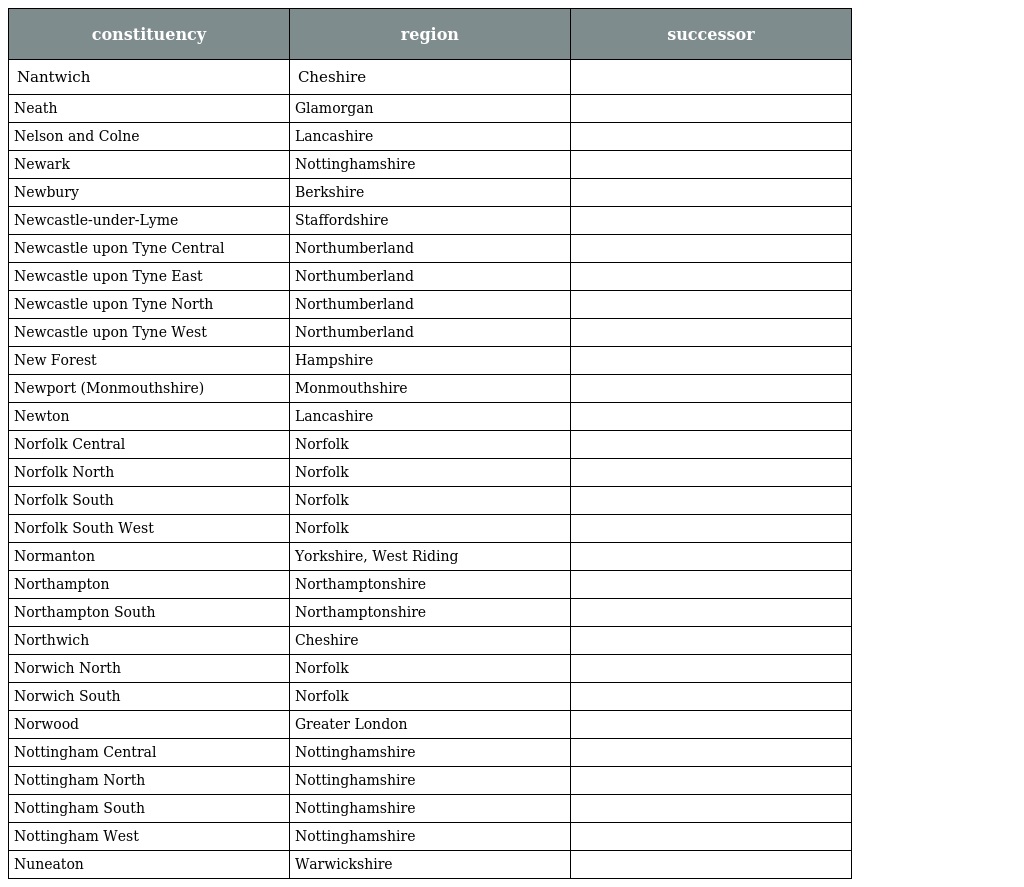
| constituency | region | successor |
 | --- | --- | --- |
 | Nantwich | Cheshire |  |
 | Neath | Glamorgan |  |
 | Nelson and Colne | Lancashire |  |
 | Newark | Nottinghamshire |  |
 | Newbury | Berkshire |  |
 | Newcastle-under-Lyme | Staffordshire |  |
 | Newcastle upon Tyne Central | Northumberland |  |
 | Newcastle upon Tyne East | Northumberland |  |
 | Newcastle upon Tyne North | Northumberland |  |
 | Newcastle upon Tyne West | Northumberland |  |
 | New Forest | Hampshire |  |
 | Newport (Monmouthshire) | Monmouthshire |  |
 | Newton | Lancashire |  |
 | Norfolk Central | Norfolk |  |
 | Norfolk North | Norfolk |  |
 | Norfolk South | Norfolk |  |
 | Norfolk South West | Norfolk |  |
 | Normanton | Yorkshire, West Riding |  |
 | Northampton | Northamptonshire |  |
 | Northampton South | Northamptonshire |  |
 | Northwich | Cheshire |  |
 | Norwich North | Norfolk |  |
 | Norwich South | Norfolk |  |
 | Norwood | Greater London |  |
 | Nottingham Central | Nottinghamshire |  |
 | Nottingham North | Nottinghamshire |  |
 | Nottingham South | Nottinghamshire |  |
 | Nottingham West | Nottinghamshire |  |
 | Nuneaton | Warwickshire |  |